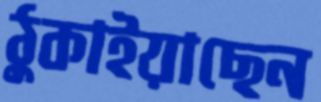
ঠুকাইয়াছেন